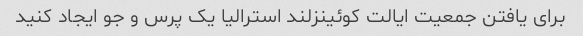
برای یافتن جمعیت ایالت کوئینزلند استرالیا یک پرس و جو ایجاد کنید